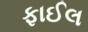
ફાઈલ